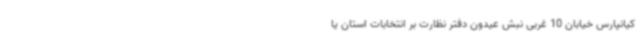
کیانپارس خیابان 10 غربی نبش عیدون دفتر نظارت بر انتخابات استان یا